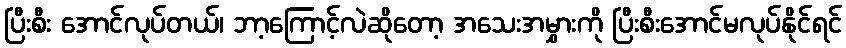
ပြီးစီး အောင်လုပ်တယ်၊ ဘာ့ကြောင့်လဲဆိုတော့ အသေးအမွှားကို ပြီးစီးအောင်မလုပ်နိုင်ရင်